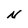
Character: N